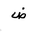
Letter: _dad